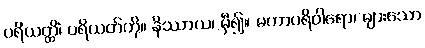
ပရိယတ္တိံ၊ ပရိယတ်ကို။ နိဿာယ၊ မှီ၍။ မဟာပရိဝါရော၊ များသော